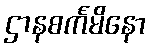
ဌာနစင်္ကမိနော